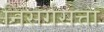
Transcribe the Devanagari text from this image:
निसर्गसत्ता